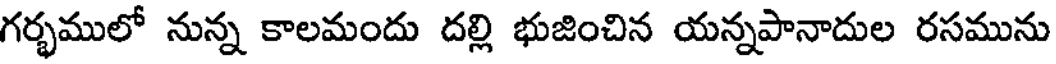
గర్భములో నున్న కాలమందు దల్లి భుజించిన యన్నపానాదుల రసమును